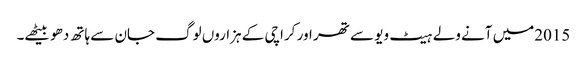
2015میں آنے ولے ہیٹ ویو سے تھر اور کراچی کے ہزاروں لوگ جان سے ہاتھ دھو بیٹھے۔